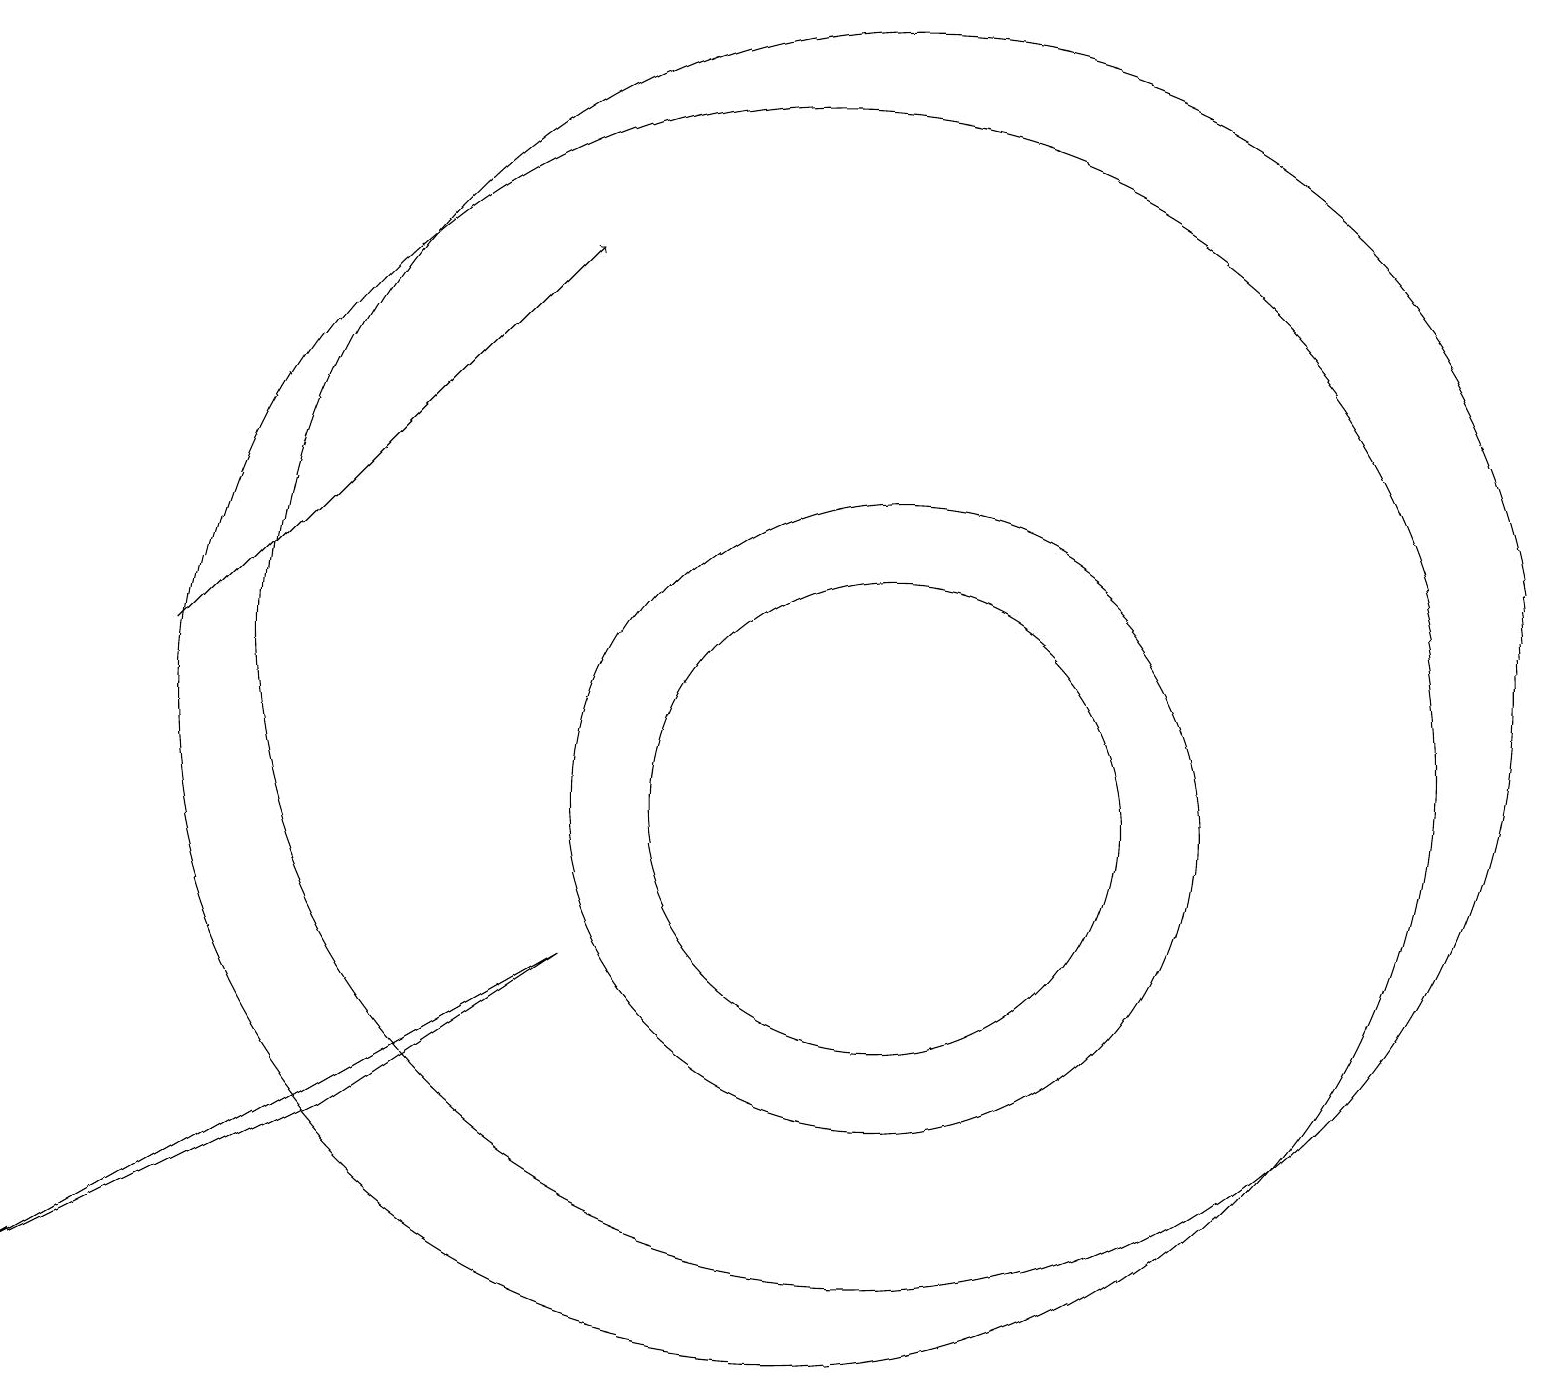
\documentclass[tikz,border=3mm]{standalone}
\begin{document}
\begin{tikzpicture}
\draw[->] (2,12) -- (7,17);
\draw (11,12) circle (8);
\draw (11,10) circle (4);
\draw (0,4) -- (4,6) -- (7,8) -- cycle;
\draw (11,10) circle (3);
\draw (10,11) circle (8);
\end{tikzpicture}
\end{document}